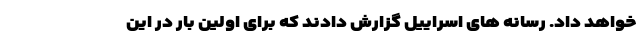
خواهد داد. رسانه های اسراییل گزارش دادند که برای اولین بار در این